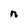
Character: n